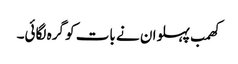
کھمب پہلوان نے بات کو گرہ لگائی۔